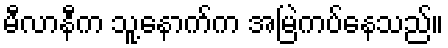
မီလာနီက သူ့နောက်က အမြဲကပ်နေသည်။